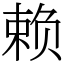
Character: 赖